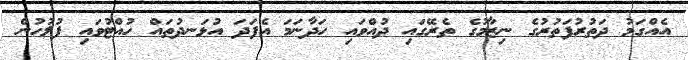
އެއްގަމު ދަތުރުފަތުރުގެ ނިޒާމުގެ ތެރޭގައި ދުއްވައި ހަދާނަމަ އެފަދަ އުޅަނދުތައް ހުއްޓުވައި ފުލުހުން